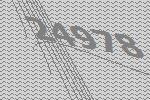
24978